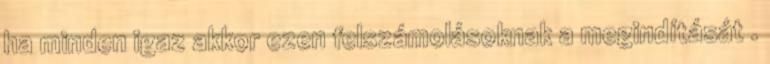
ha minden igaz akkor ezen felszámolásoknak a megindítását .